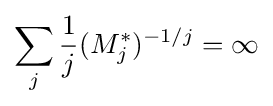
\sum _{j}{\frac {1}{j}}(M_{j}^{*})^{-1/j}=\infty